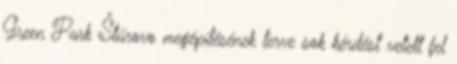
Green Park Štúrovo megépítésének terve sok kérdést vetett fel